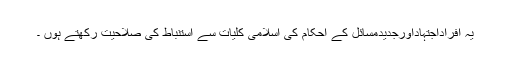
یہ افراداجتہاداورجدیدمسائل کے احکام کی اسلامی کلیات سے استنباط کی صلاحیت رکھتے ہوں ۔